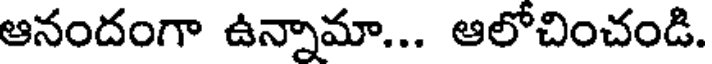
ఆనందంగా ఉన్నామా... ఆలోచించండి.